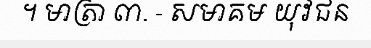
។ មាត្រា ៣. - សមាគម យុវជន